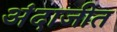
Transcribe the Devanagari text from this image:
अंदाजीत